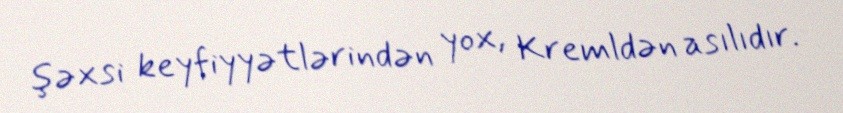
şəxsi keyfiyyətlərindən yox, Kremldən asılıdır.